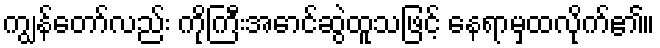
ကျွန်တော်လည်း ကိုကြီးအောင်ဆွဲထူသဖြင့် နေရာမှထလိုက်၏။